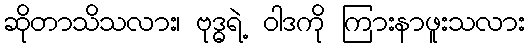
ဆိုတာသိသလား၊ ဗုဒ္ဓရဲ့ ဝါဒကို ကြားနာဖူးသလား